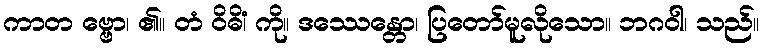
ကာတ ဗ္ဗော၊ ၏။ တံ ဝိဓိံ၊ ကို။ ဒဿေန္တော၊ ပြတော်မူလိုသော။ ဘဂဝါ၊ သည်။